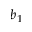
b _ { 1 }